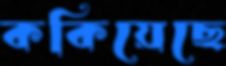
ককিয়েছে